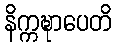
နိက္ကဍ္ဎာပေတိ